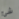
شئ